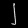
Digit: ၂